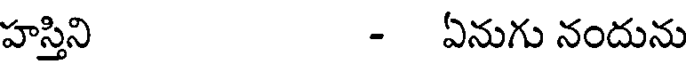
హస్తిని - ఏనుగు నందును